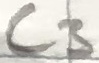
Text: C3